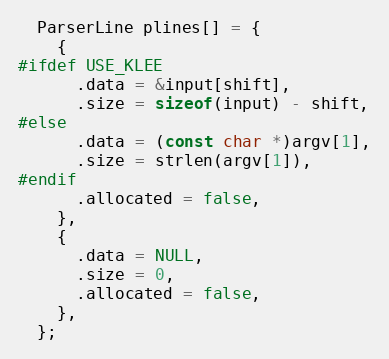
Language: C
  ParserLine plines[] = {
    {
#ifdef USE_KLEE
      .data = &input[shift],
      .size = sizeof(input) - shift,
#else
      .data = (const char *)argv[1],
      .size = strlen(argv[1]),
#endif
      .allocated = false,
    },
    {
      .data = NULL,
      .size = 0,
      .allocated = false,
    },
  };